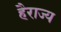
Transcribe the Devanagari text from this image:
हैराज्य